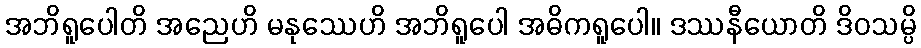
အဘိရူပေါတိ အညေဟိ မနုဿေဟိ အဘိရူပေါ အဓိကရူပေါ။ ဒဿနီယောတိ ဒိဝသမ္ပိ